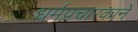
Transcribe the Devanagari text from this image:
धर्मप्रचारकाने